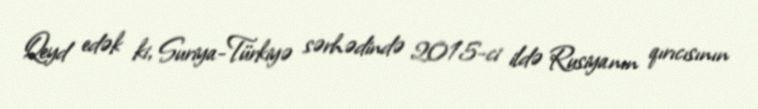
Qeyd edək ki, Suriya-Türkiyə sərhədində 2015-ci ildə Rusiyanın qırıcısının